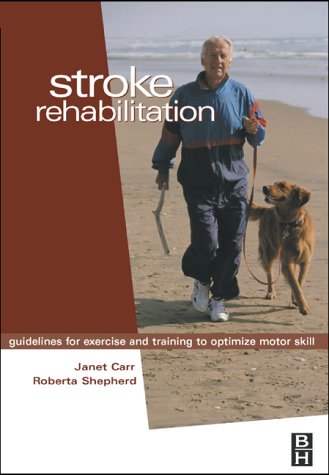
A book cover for Stroke Rehabilitation: Guidelines for Exercise and Training to Optimize Motor Skill, 1e; Health, Fitness & Dieting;